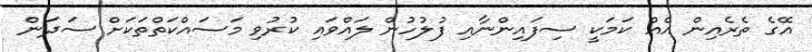
އޭގެ ތެރެއިން އެއް ކަމަކީ ސިފައިންނާއި ފުލުހުން ލައްވައި ކުރުވި މަސައްކަތްތަކަށް ސަދަން